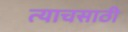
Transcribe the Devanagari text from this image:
त्याचसाठी